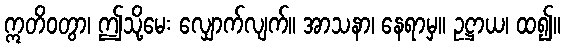
ဣတိဝတွာ၊ ဤသို့မေး လျှောက်လျက်။ အာသနာ၊ နေရာမှ။ ဥဋ္ဌာယ၊ ထ၍။